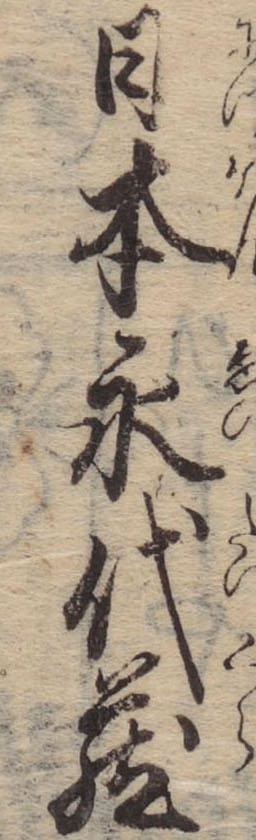
日本永代蔵